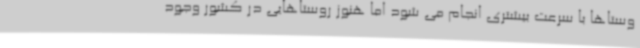
وستاها با سرعت بیشتری انجام می شود اما هنوز روستاهایی در کشور وجود